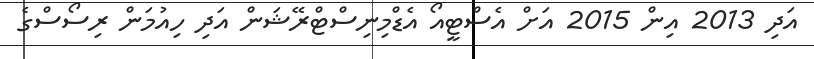
އަދި 2013 އިން 2015 އަށް އެސްޓީއޯ އެޑްމިނިސްޓްރޭޝަން އަދި ހިއުމަން ރިސޯސްގެ